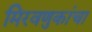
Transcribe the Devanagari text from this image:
मिरवणुकांचा